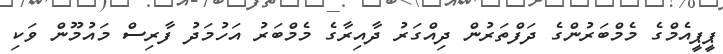
ޕީޕީއެމްގެ މެމްބަރުންގެ ދަފްތަރުން ދިއްގަރު ދާއިރާގެ މެމްބަރު އަހުމަދު ފާރިސް މައުމޫން ވަކި